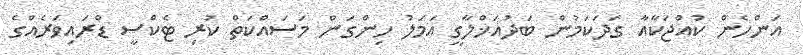
އަންހެން ކުއްޖަކާއާ ގަދަކަމުން ބަދުއަޚްލާގީ އަމަލު ހިންގަން މަސައްކަތް ކުރި ޓެކްސީ ޑްރައިވަރެއްގެ